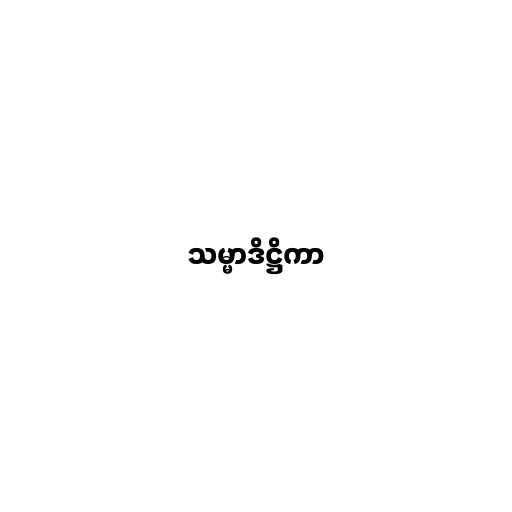
သမ္မာဒိဋ္ဌိကာ